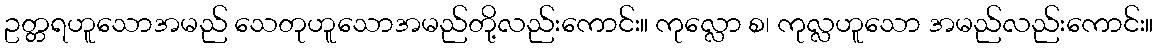
ဥတ္တရဟူသောအမည် သေတုဟူသောအမည်တို့လည်းကောင်း။ ကုလ္လော စ၊ ကုလ္လဟူသော အမည်လည်းကောင်း။